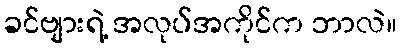
ခင်ဗျားရဲ့ အလုပ်အကိုင်က ဘာလဲ။